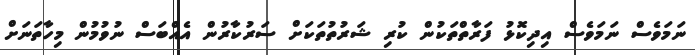
ނަމަވެސް ނަމަވެސް އިދިކޮޅު ފަރާތްތަކުން ކުރި ޝަރުތުތަކަށް ސަރުކާރުން އެއްބަސް ނުވުމުން މިހާތަނަށް